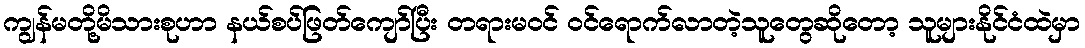
ကျွန်မတို့မိသားစုဟာ နယ်စပ်ဖြတ်ကျော်ပြီး တရားမဝင် ဝင်ရောက်လာတဲ့သူတွေဆိုတော့ သူများနိုင်ငံထဲမှာ